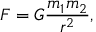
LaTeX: F = G { \frac { m _ { 1 } m _ { 2 } } { r ^ { 2 } } } ,